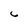
Character: 6